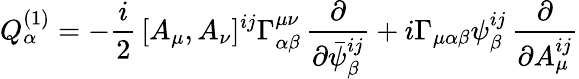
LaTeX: Q_{\alpha}^{(1)}=-\frac{i}{2}\, [A_{\mu},A_{\nu}]^{ij}\Gamma_{\alpha\beta}^{\mu\nu}\, \frac{\partial}{\partial\bar{\psi}_{\beta}^{ij}}+i\Gamma_{\mu\alpha\beta}\psi_{\beta}^{ij}\, \frac{\partial}{\partial A_{\mu}^{ij}}